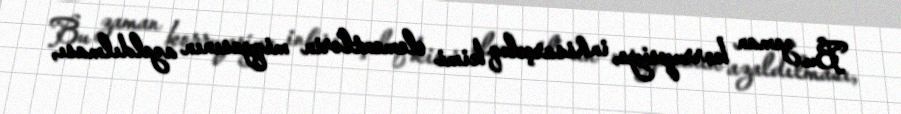
Bu zaman korrupsiya, inhisarçılıq kimi elementlərin miqyasının azaldılması,